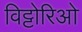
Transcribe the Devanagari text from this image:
विट्टोरिओ